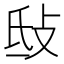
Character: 㪆